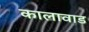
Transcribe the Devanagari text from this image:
कालावाड